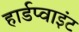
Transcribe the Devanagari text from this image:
हार्डप्वाइंट